Scottish Leaving Certificate Examination, 1956
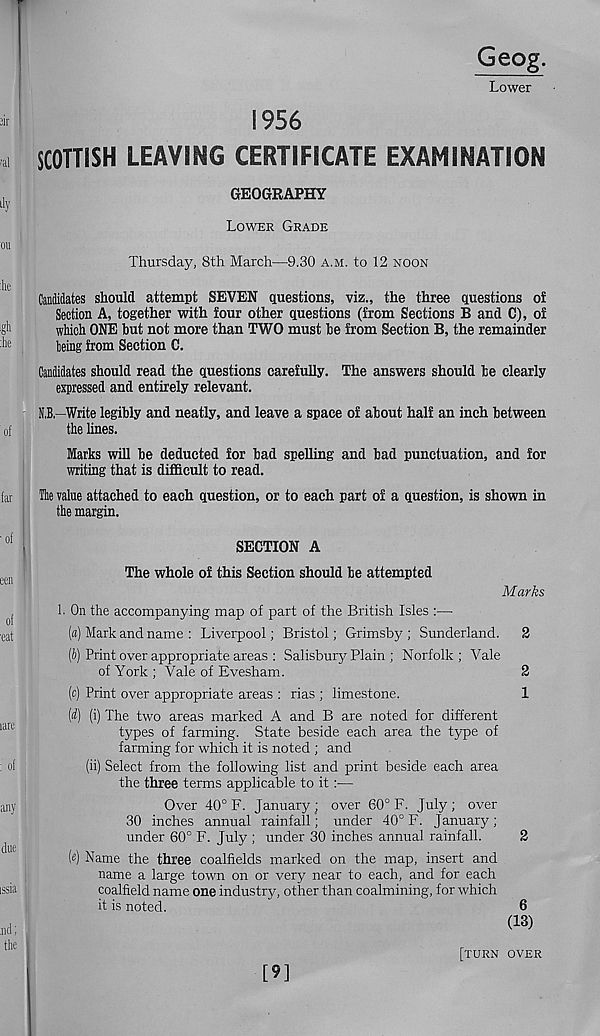
Geog.
Lower
1956
SCOTTISH LEAVING CERTIFICATE EXAMINATION
GEOGRAPHY
Lower Grade
Thursday, 8th March—9.30 a.m. to 12 noon
Candidates should attempt SEVEN questions, viz., the three questions oi
Section A, together with four other questions (from Sections B and C), of
which ONE hut not more than TWO must be from Section B, the remainder
king from Section C.
Candidates should read the questions carefully. The answers should be clearly
expressed and entirely relevant.
N,B,—Write legibly and neatly, and leave a space of about half an inch between
the hues.
Marks will be deducted for bad spelling and bad punctuation, and for
writing that is difficult to read.
The value attached to each question, or to each part of a question, is shown in
the margin.
SECTION A
The whole of this Section should be attempted
Marks
1. On the accompanying map of part of the British Isles :—
(«) Mark and name : Liverpool; Bristol; Grimsby ; Sunderland. 2
(b) Print over appropriate areas : Salisbury Plain ; Norfolk ; Vale
of York ; Vale of Evesham.
2
(c) Print over appropriate areas : rias ; limestone.
1
(d) (i) The two areas marked A and B are noted for different
types of farming. State beside each area the type of
farming for which it is noted ; and
(ii) Select from the following list and print beside each area
the three terms applicable to it:—
Over 40° F. January; over 60° F. July; over
30 inches annual rainfall; under 40° F. January;
under 60° F. July ; under 30 inches annual rainfall.
2
(«) Name the three coalfields marked on the map, insert and
name a large town on or very near to each, and for each
coalfield name one industry, other than coalmining, for which
it is noted.
6
(13)
[turn over